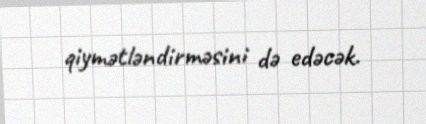
qiymətləndirməsini də edəcək.